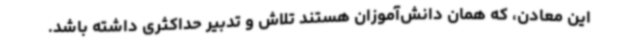
این معادن، که همان دانش‌آموزان هستند تلاش و تدبیر حداکثری داشته باشد.